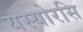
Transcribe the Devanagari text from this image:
यस्योरसि